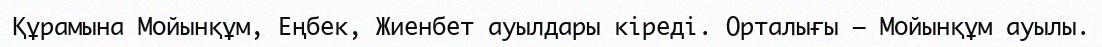
Құрамына Мойынқұм, Еңбек, Жиенбет ауылдары кіреді. Орталығы – Мойынқұм ауылы.